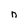
Character: n